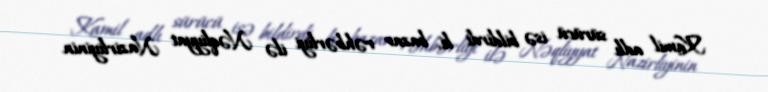
Kamil adlı sürücü isə bildirdi ki, bazar rəhbərliyi ilə Nəqliyyat Nazirliyinin